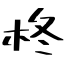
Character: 柊